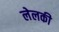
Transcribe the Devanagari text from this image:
लेलकी